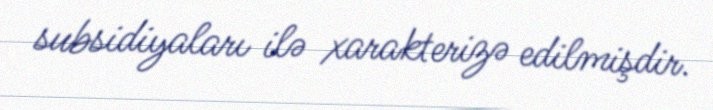
subsidiyaları ilə xarakterizə edilmişdir.